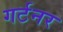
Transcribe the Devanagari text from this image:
गर्टनर